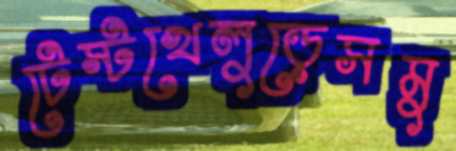
টেস্টখেলুড়েসমু